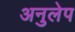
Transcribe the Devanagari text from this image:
अनुलेप